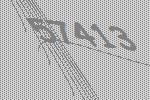
57413